Scottish Certificate of Education, 1963
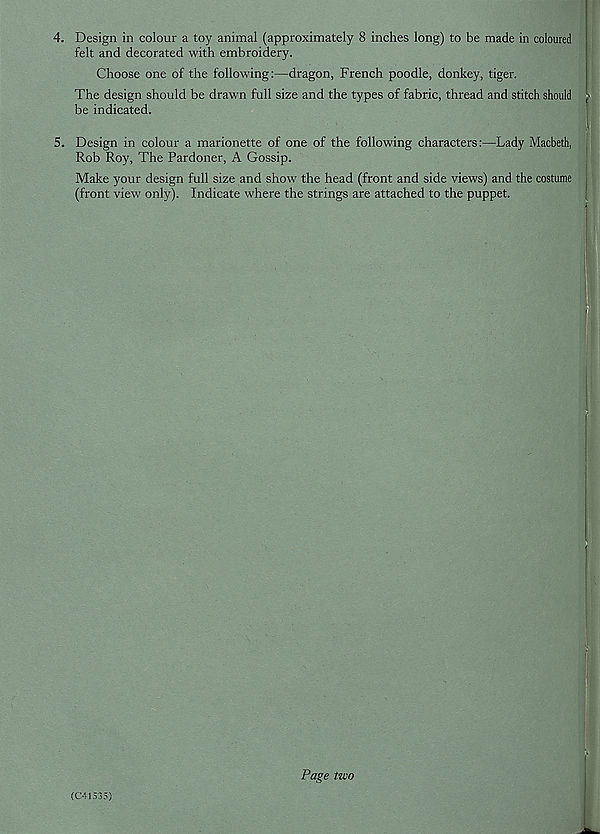
4. Design in colour a toy animal (approximately 8 inches long) to be made in coloured
felt and decorated with embroidery.
Choose one of the following:—dragon, French poodle, donkey, tiger.
The design should be drawn full size and the types of fabric, thread and stitch should
be indicated.
5. Design in colour a marionette of one of the following characters:—Lady Macbeth,
Rob Roy, The Pardoner, A Gossip.
Make your design full size and show the head (front and side views) and the costume
(front view only). Indicate where the strings are attached to the puppet.
(C41535)
Page tzvo